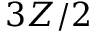
3 Z / 2